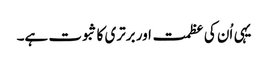
یہی اُن کی عظمت اور برتری کا ثبوت ہے۔